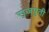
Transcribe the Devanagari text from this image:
राजपुती